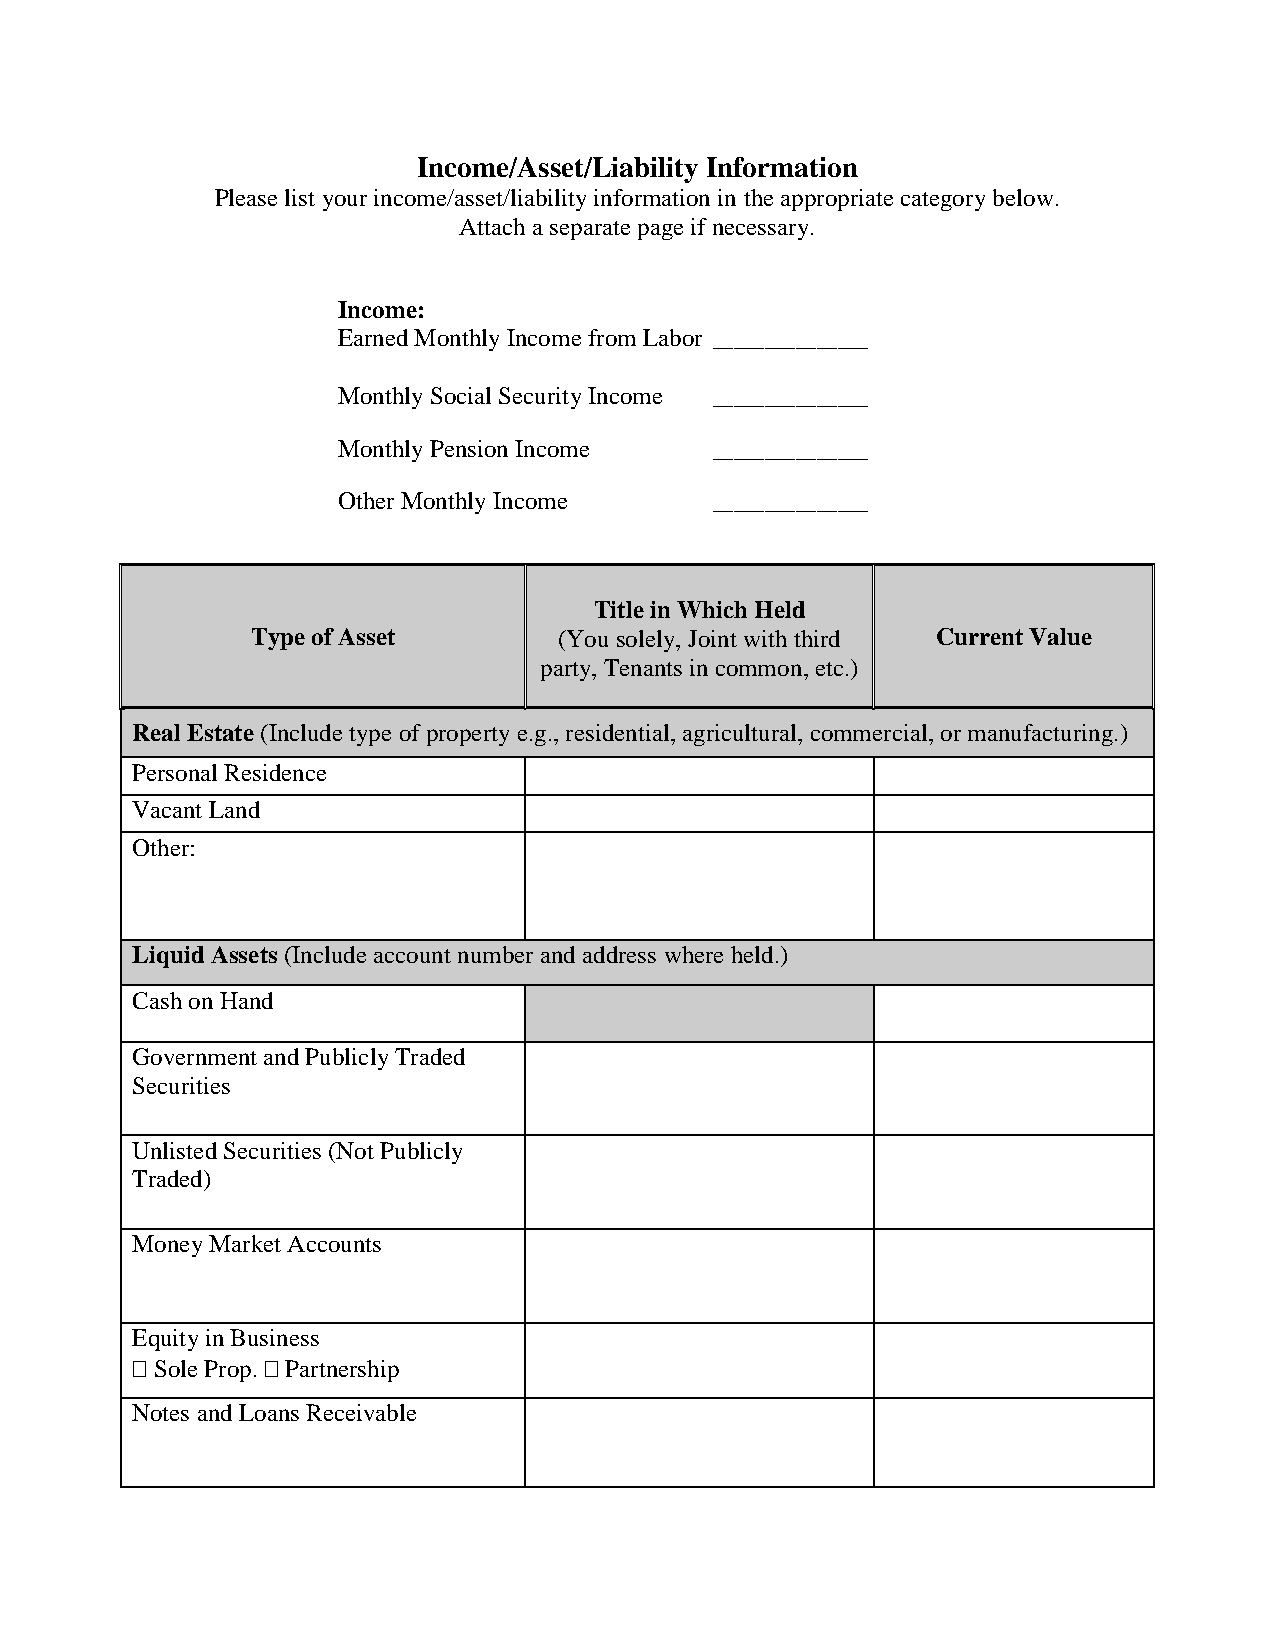
Income/Asset/Liability Information
 Please list your income/asset/liability information in the appropriate category below.
 Attach a separate page if necessary.
 Income:
 Earned Monthly Income from Labor _______________
 Monthly Social Security Income _______________
 Monthly Pension Income   _______________
 Other Monthly Income     _______________
 Title in Which Held
 Type of Asset       (You solely, Joint with third Current Value
 party, Tenants in common, etc.)
 Real Estate (Include type of property e.g., residential, agricultural, commercial, or manufacturing.)
 Personal Residence
 Vacant Land
 Other:
 Liquid Assets (Include account number and address where held.)
 Cash on Hand
 Government and Publicly Traded
 Securities
 Unlisted Securities (Not Publicly
 Traded)
 Money Market Accounts
 Equity in Business
  Sole Prop.  Partnership
 Notes and Loans Receivable